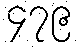
၄၇၉